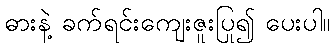
ဓားနဲ့ ခက်ရင်းကျေးဇူးပြု၍ ပေးပါ။